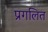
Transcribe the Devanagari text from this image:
प्रगलित